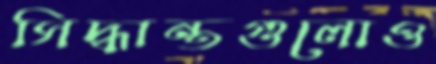
সিদ্ধান্তগুলোও